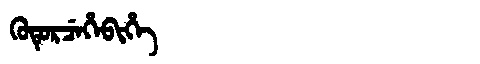
Manchu: ᡴᡠᡨᡠᡵᠴᡝᡥᡝᠪᡳᡥᡝ
Romanization: KUTURCEHEBIHE